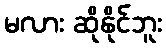
မလား ဆိုနိုင်ဘူး